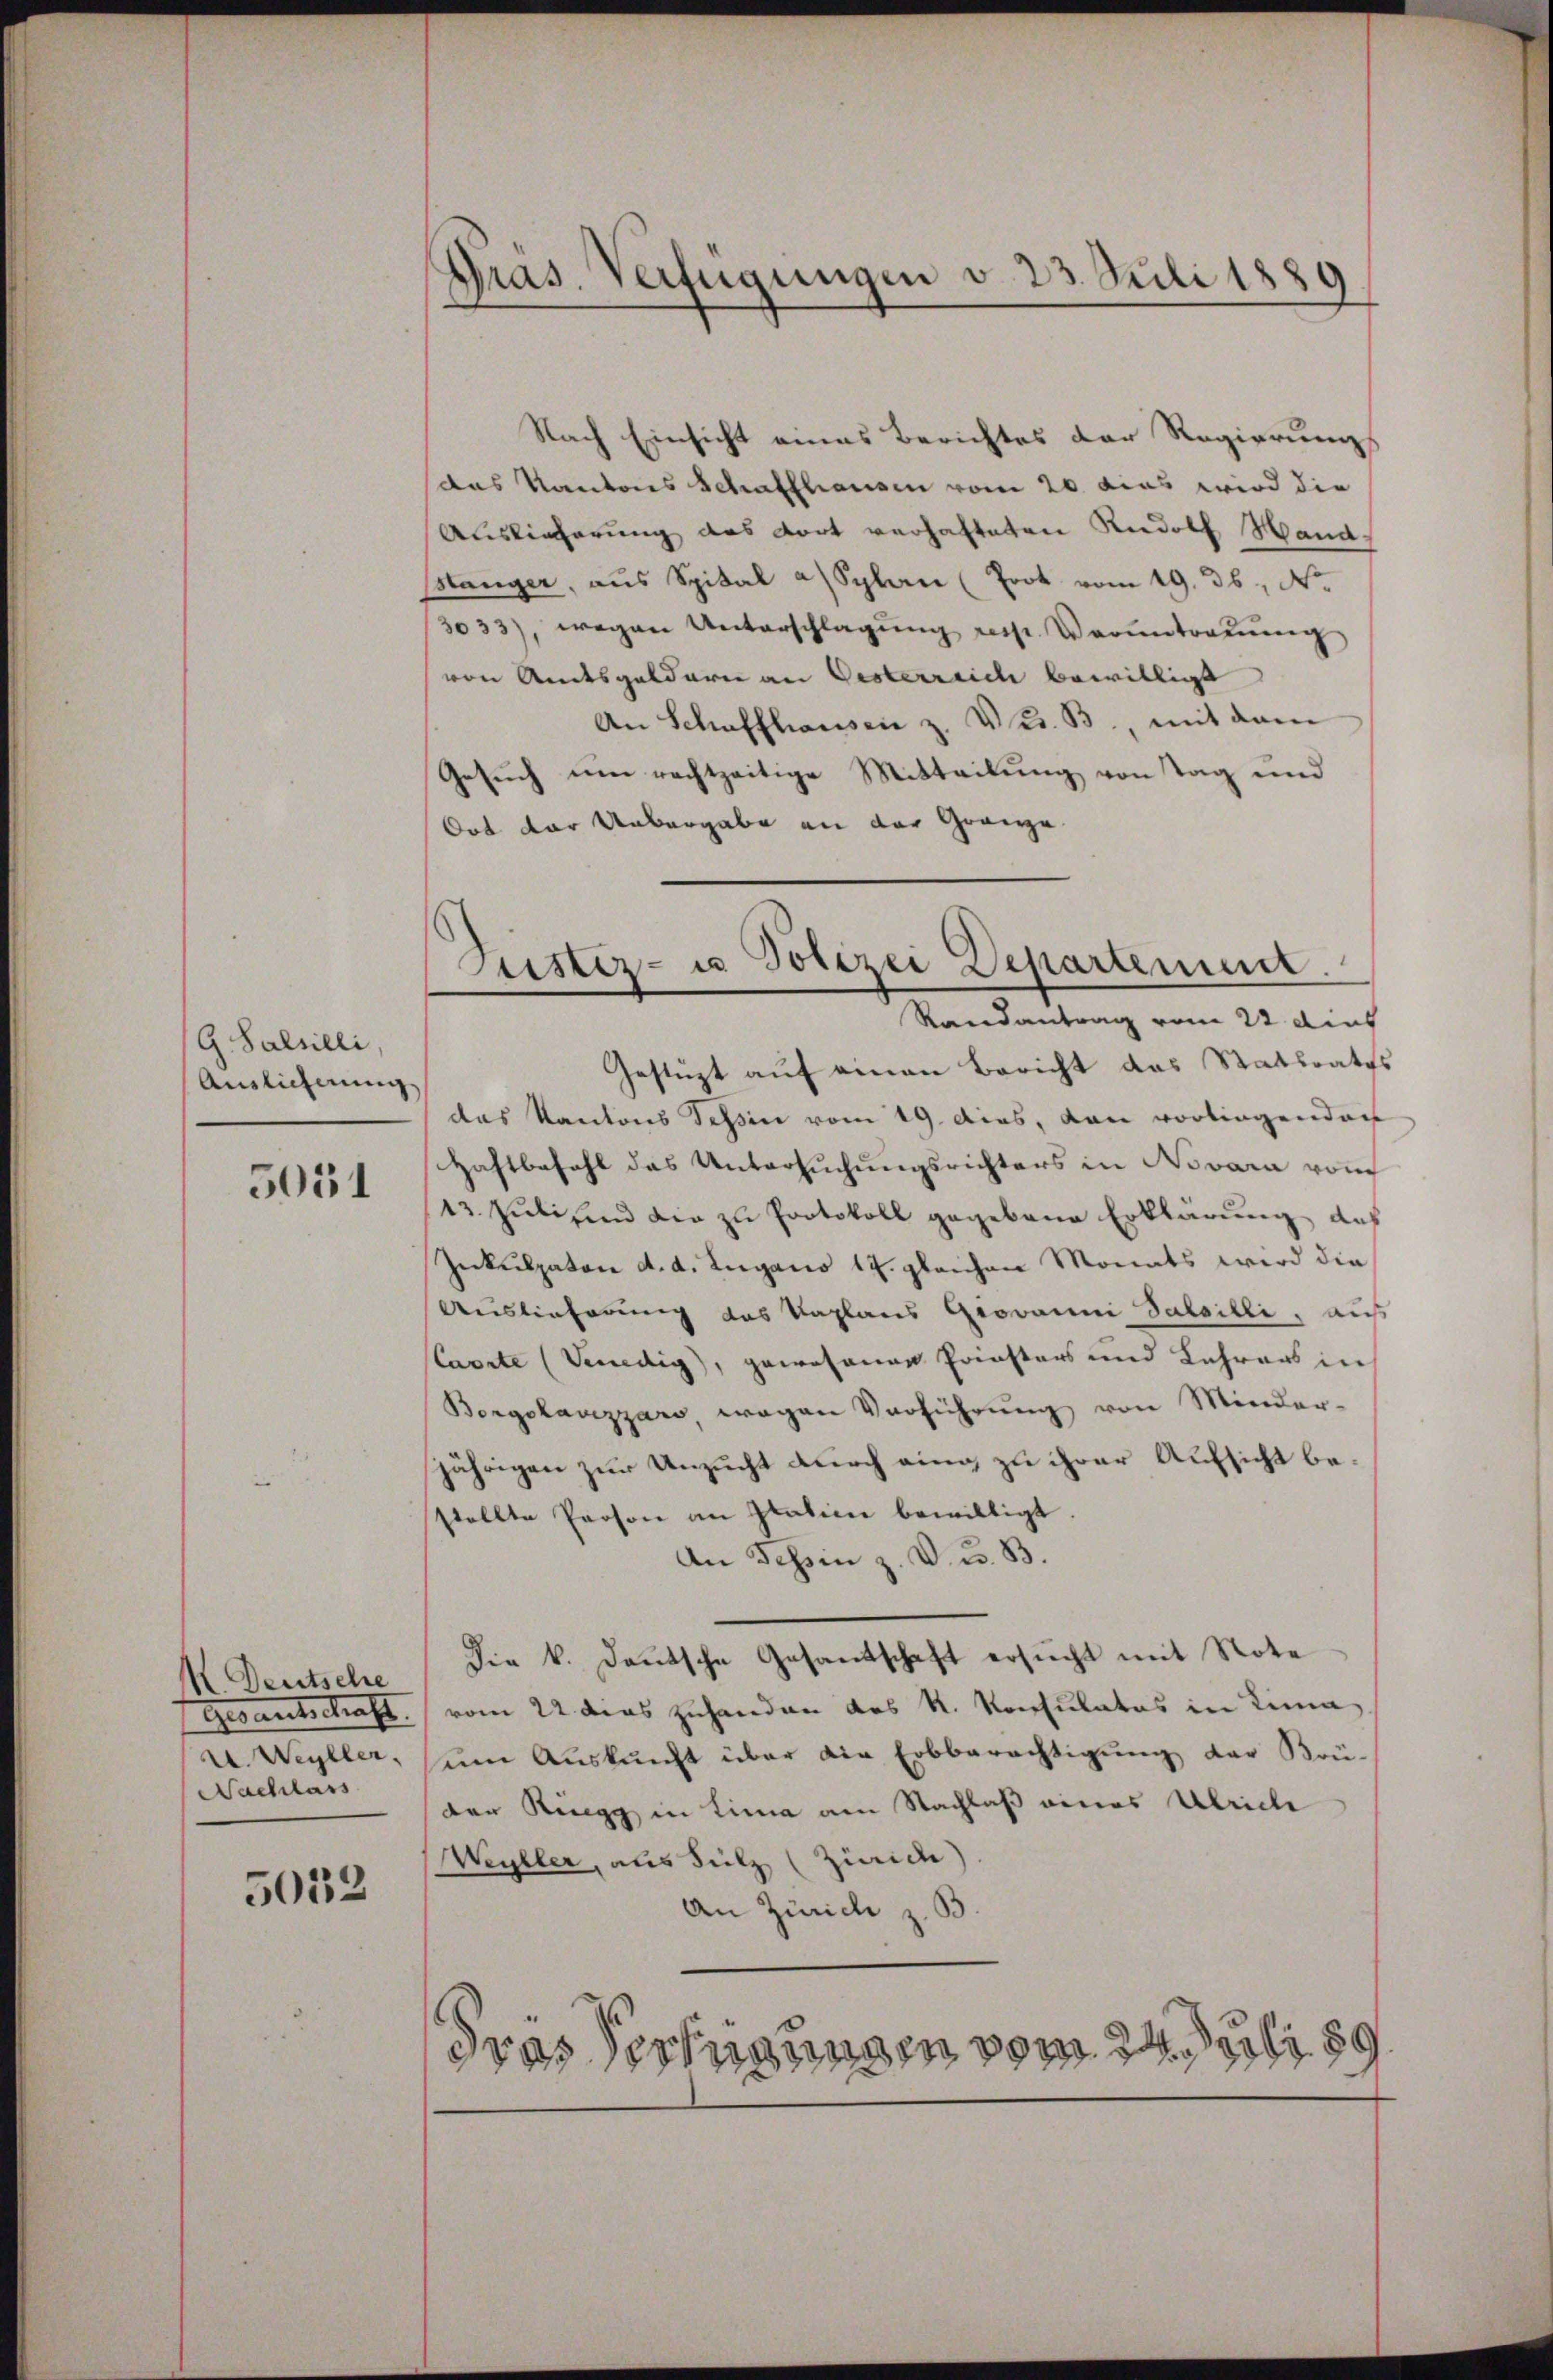
G. Salsilli
Auslieferung

5031

K. Deutsche
Gesantschaft.
u. Weyller,
Nachlass

5032

Präs. Verfügungen v. 23. Juli 1889

Nach Einsicht eines Berichtes der Regierungs
das Kantons Schaffhausen vom 20. dies wird die
Auslieferung des dort verhafteten Rudolf Hand¬
Blänger, aŭs Spital a) Splan (Prot. vom 19. 36, N.
3033), wegen Unterschlagung resp. Verantraŭŭng
von Amtsgeldern an Gesterreich bewilligt
An Schaffhausen z. Vers. B. mit dem
Gesuch um rechtzeitige Mitteilung von Tag und
Ort der Uebergabe an der Gränze.
Gestüzt auf einen Bericht das Stattrates
das Kantons Teßin vom 19. dies, von vorliegenden
Haftbefahl das Untersŭchŭngsrichters in Novara vom
13. Jŭli sind die zu Protokoll gegebene Erklärung des
Inkulpaten d. d. Zugano 14. gleichen Monats wird die
Auslieferung des Kaplans Grovanni Saleilli, aus
Carrte (Venedig, gewohnen Priesters und Lehrers in
Borgokavizzaro, wegen Verführŭng von Minder-
jährigen zur Unzucht durch eing zu ihrer Aufsicht bestellte Proson im Glation bewilligt
An Tessin z. V. u. B.
Die k. Deutsche Gesandtschaft ersucht mit Note
vom 22 dies zuhanden das R. Konsulatos in Lina
eim Auskunft über die Erbberechtigung der Brü-
der Rüegg in Lina am Nachlaß eines Ulrich
Weyller, aus Silz (Zürich)
An Zürich z. B.
dras Technungen vom 24. Juli 189

Justiz- u. Polizei Departement.
Randantrag vom 22. dies